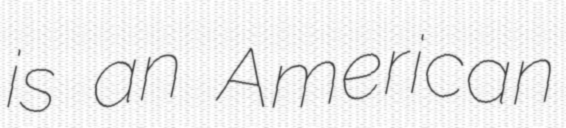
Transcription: is an American